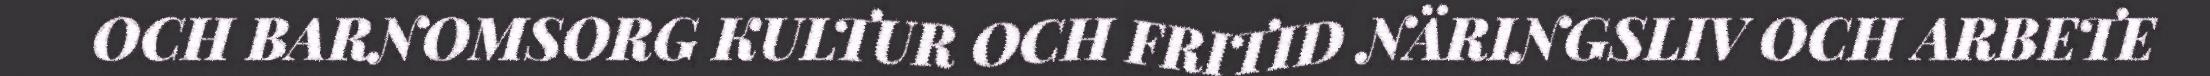
OCH BARNOMSORG KULTUR OCH FRITID NÄRINGSLIV OCH ARBETE